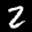
Label: 2